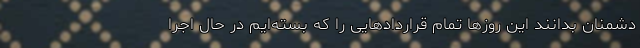
دشمنان بدانند این روزها تمام قراردادهایی را که ‌بسته‌ایم‌ در حال اجرا